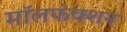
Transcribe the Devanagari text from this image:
मॉलफंक्शन